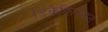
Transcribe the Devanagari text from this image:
डिकैफिनेशन